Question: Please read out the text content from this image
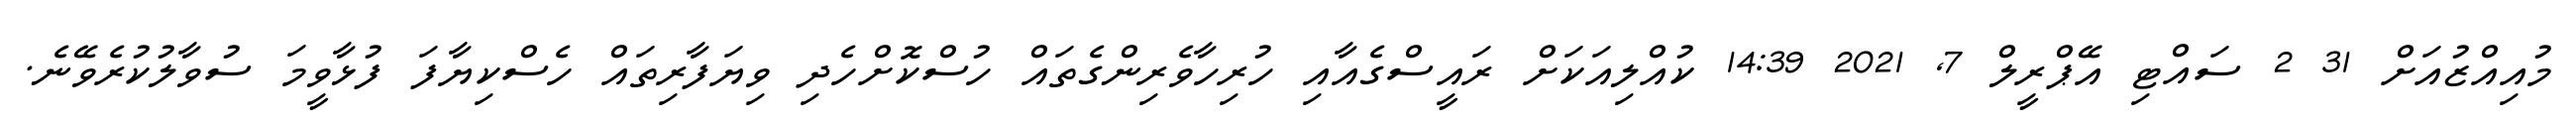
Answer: މުއިއްޒުއަށް 31 2 ސައްޓި އޭޕްރީލް 7, 2021 14:39 ކުއްލިއަކަށް ރައީސްގެއާއި ހުރިހާވެރިންގެތައް ހުސްކޮށްހެދި ވިޔަފާރިތައް ހެސްކިޔާފަ ފުޅާވީމަ ސުވާލުކުރެވޭނެ.